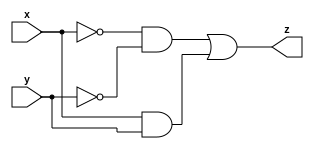
module comparator(
    input x,
    input y,
    output z
    );
 //if x==y then output = 1
assign z = (~x & ~y) |(x & y);

//if x==y then output = 0
//assign z = x ^ y;
 
endmodule